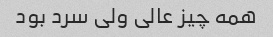
همه چیز عالی ولی سرد بود